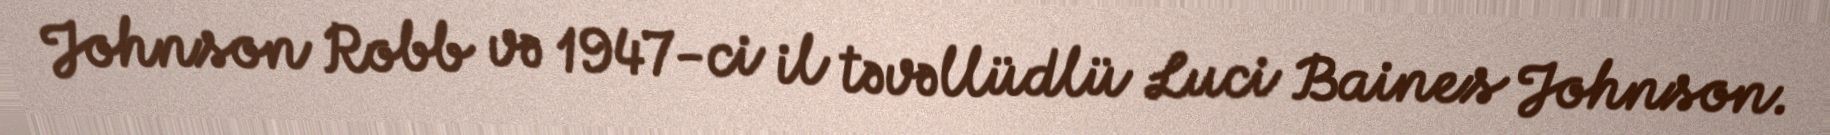
Johnson Robb və 1947-ci il təvəllüdlü Luci Baines Johnson.